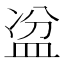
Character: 𥁣